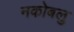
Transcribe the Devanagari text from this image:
नकोबलु